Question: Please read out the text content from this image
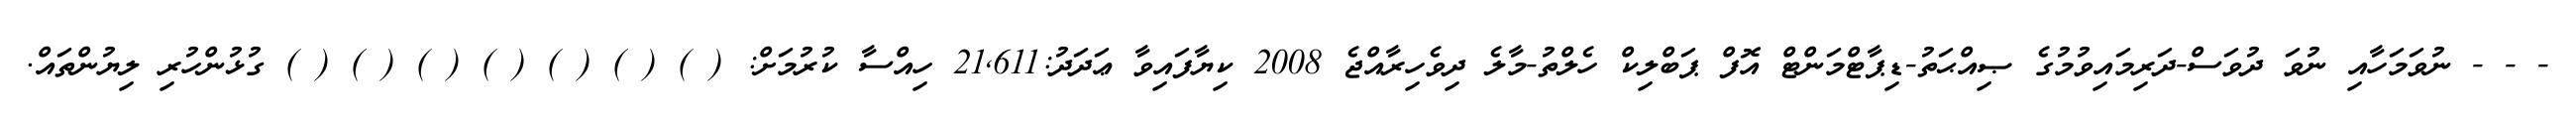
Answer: - - - ނުވަމަހާއި ނުވަ ދުވަސް-ދަރިމައިވުމުގެ ޞިއްޙަތު-ޑިޕާޓްމަންޓް އޮފް ޕަބްލިކް ހެލްތު-މާލެ ދިވެހިރާއްޖެ 2008 ކިޔާފައިވާ ޢަދަދު:21,611 ހިއްސާ ކުރުމަށް: ( ) ( ) ( ) ( ) ( ) ( ) ( ) ގުޅުންހުރި ލިޔުންތައް.